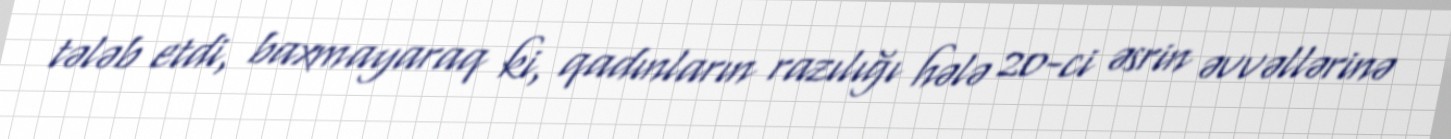
tələb etdi, baxmayaraq ki, qadınların razılığı hələ 20-ci əsrin əvvəllərinə